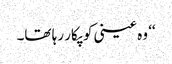
‘‘ وہ عینی کو پکار رہا تھا۔